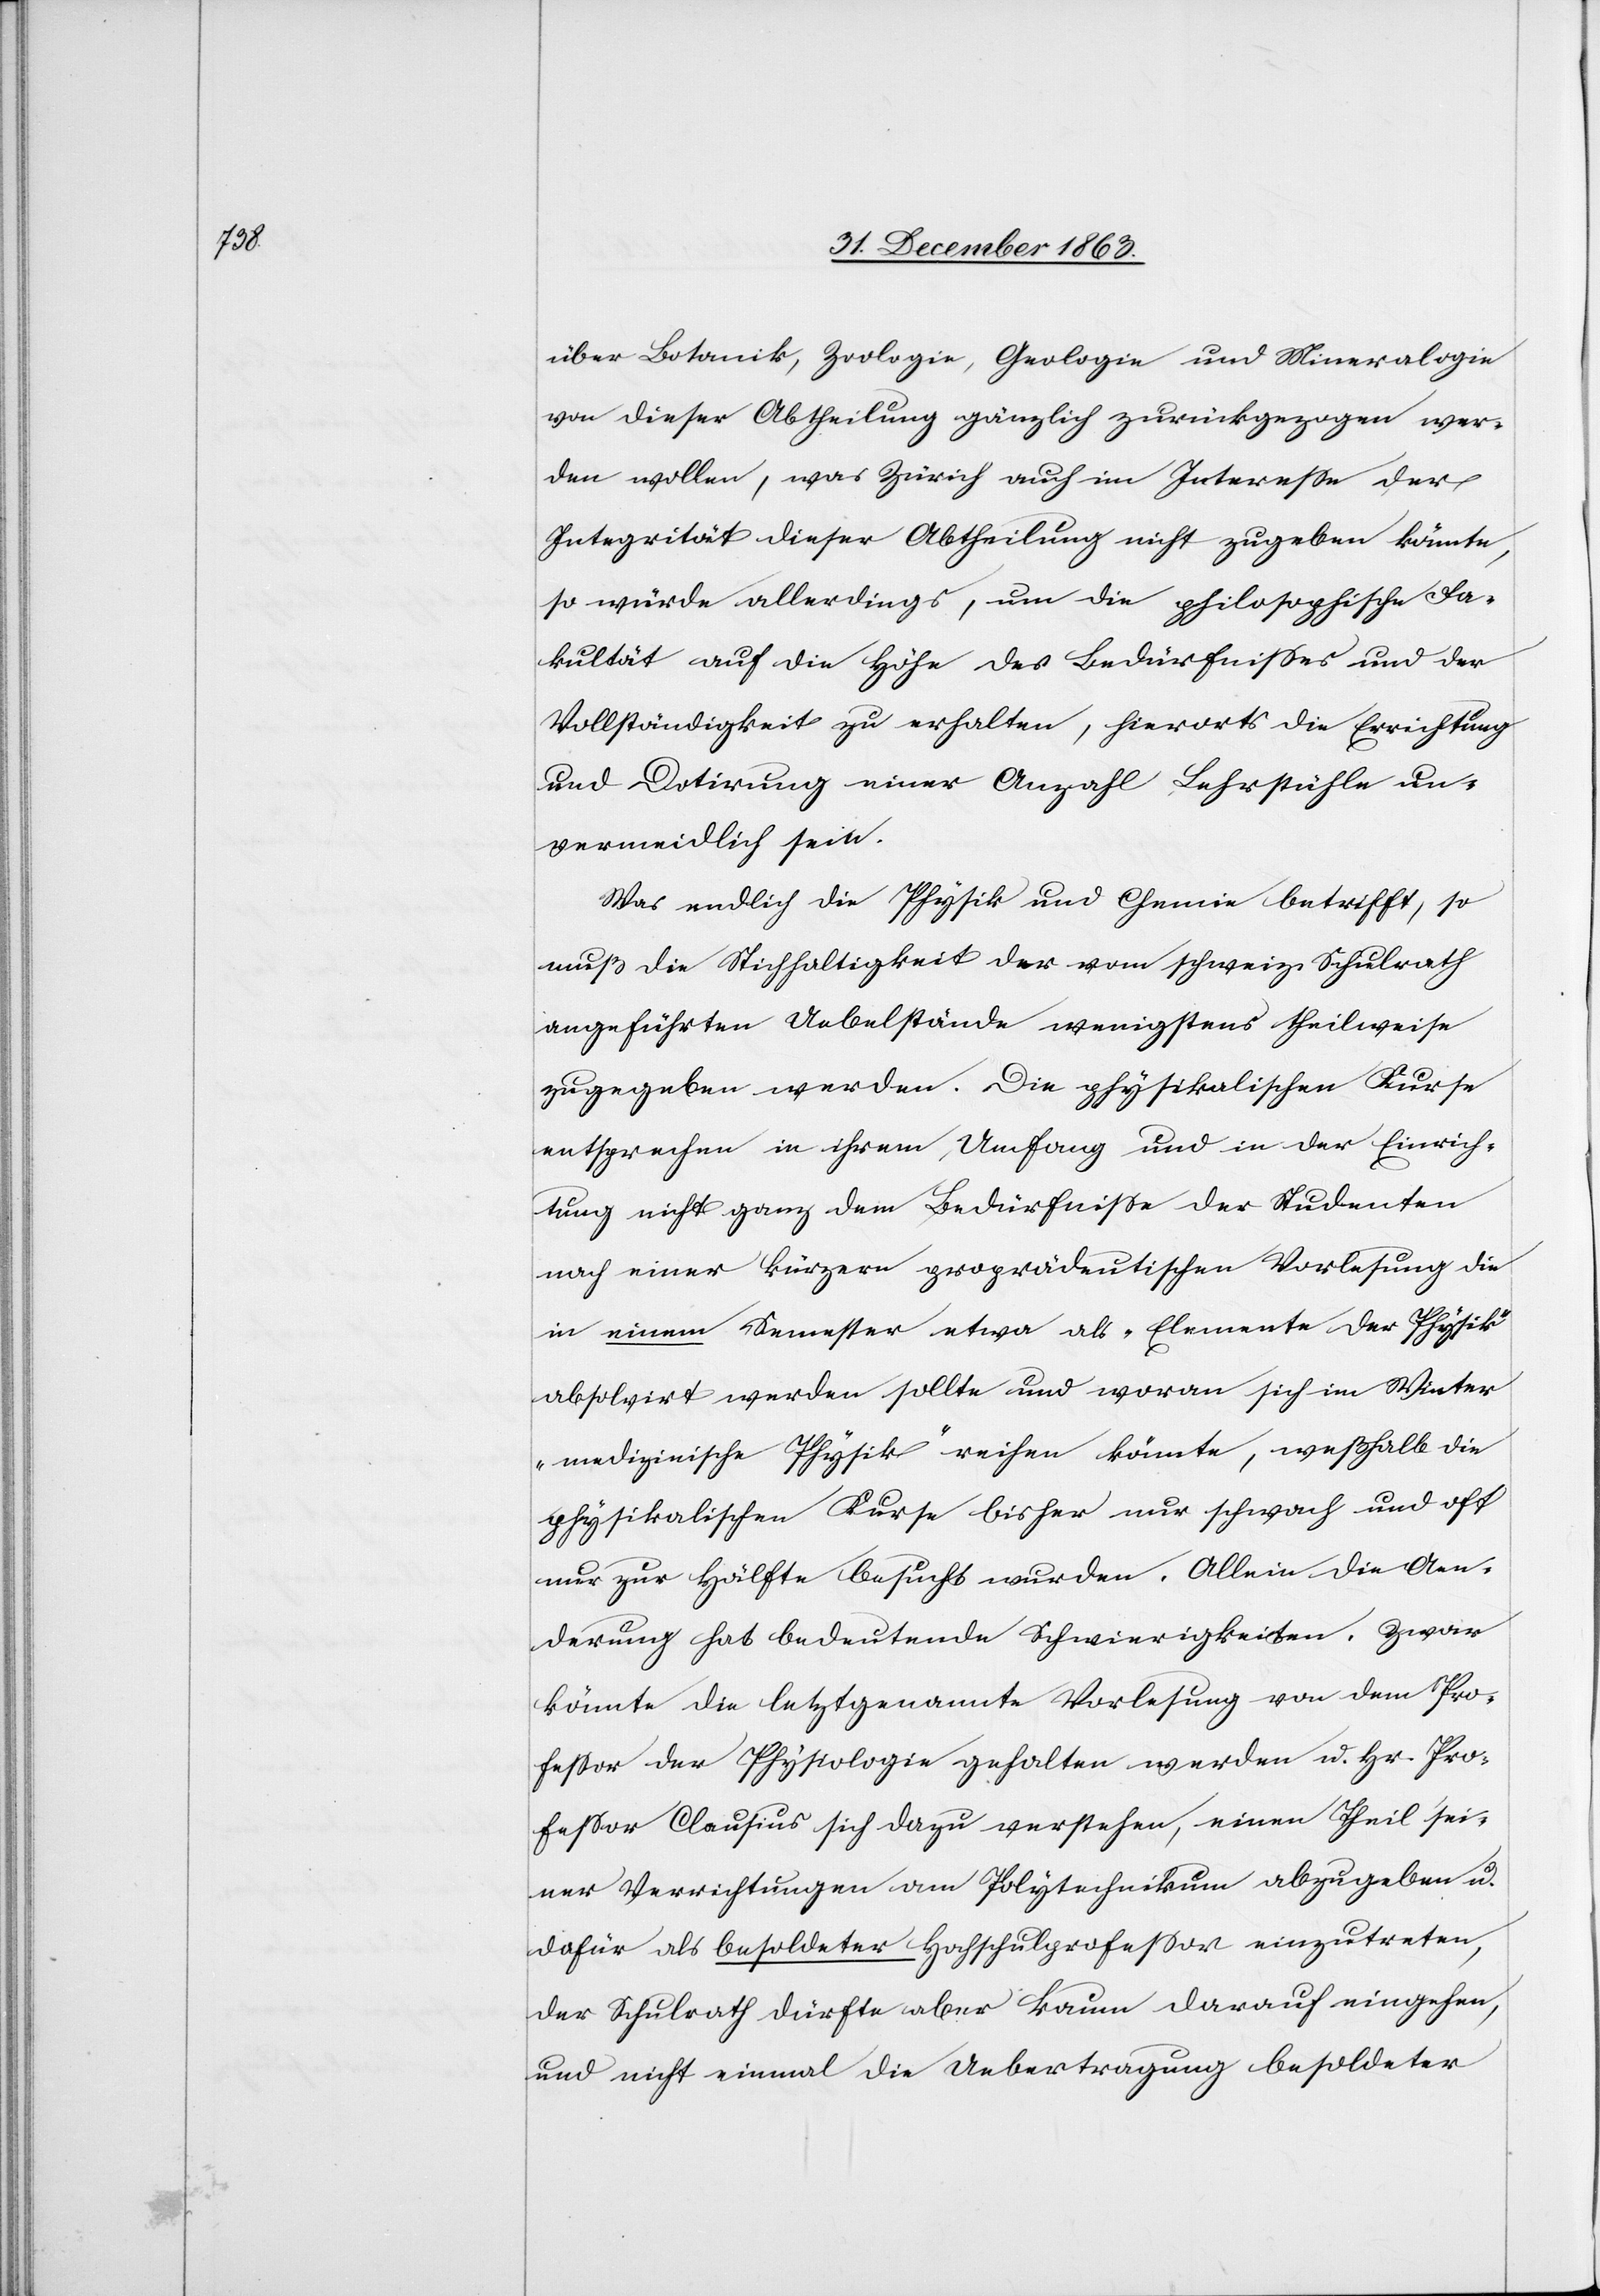
über Botanik, Zoologie, Geologie und Mineralogie
von dieser Abtheilung gänzlich zurückgezogen wer¬
den wollen, was Zürich auch im Interesse der
Integrität dieser Abtheilung nicht zugeben könnte,
so würde allerdings, um die philosophische Fa¬
kultät auf die Höhe des Bedürfnisses und der
Vollständigkeit zu erhalten, hierorts die Errichtung
und Dotirung einer Anzahl Lehrstühle un¬
vermeidlich sein.
Was endlich die Physik und Chemie betrifft, so
muß die Stichhaltigkeit der vom schweiz. Schulrath
angeführten Uebelstände wenigstens theilweise
zugegeben werden. Die physikalischen Kurse
entsprechen in ihrem Umfang und in der Einrich¬
tung nicht ganz dem Bedürfnisse der Studenten
nach einer kürzern proprädeutischen Vorlesung die
in einem Semester etwa als „Elemente der Physik“
absolvirt werden sollte und woran sich im Winter
„medizinische Physik“ reihen könnte, weßhalb die
physikalischen Kurse bisher nur schwach und oft
nur zur Hälfte besucht wurden. Allein die Aen¬
derung hat bedeutende Schwierigkeiten. Zwar
könnte die letztgenannte Vorlesung von dem Pro¬
fessor der Physiologie gehalten werden u. Hr. Pro¬
fessor Clausius sich dazu verstehen, einen Theil sei¬
ner Verrichtungen am Polytechnikum abzugeben u.
dafür als besoldeter Hochschulprofessor einzutreten,
der Schulrath dürfte aber kaum darauf eingehen,
und nicht einmal die Uebertragung besoldeter